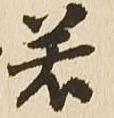
若